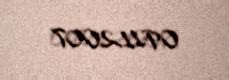
09.11.2007